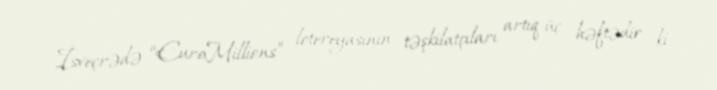
İsveçrədə “EuroMillions” lotereyasının təşkilatçıları artıq üç həftədir ki,